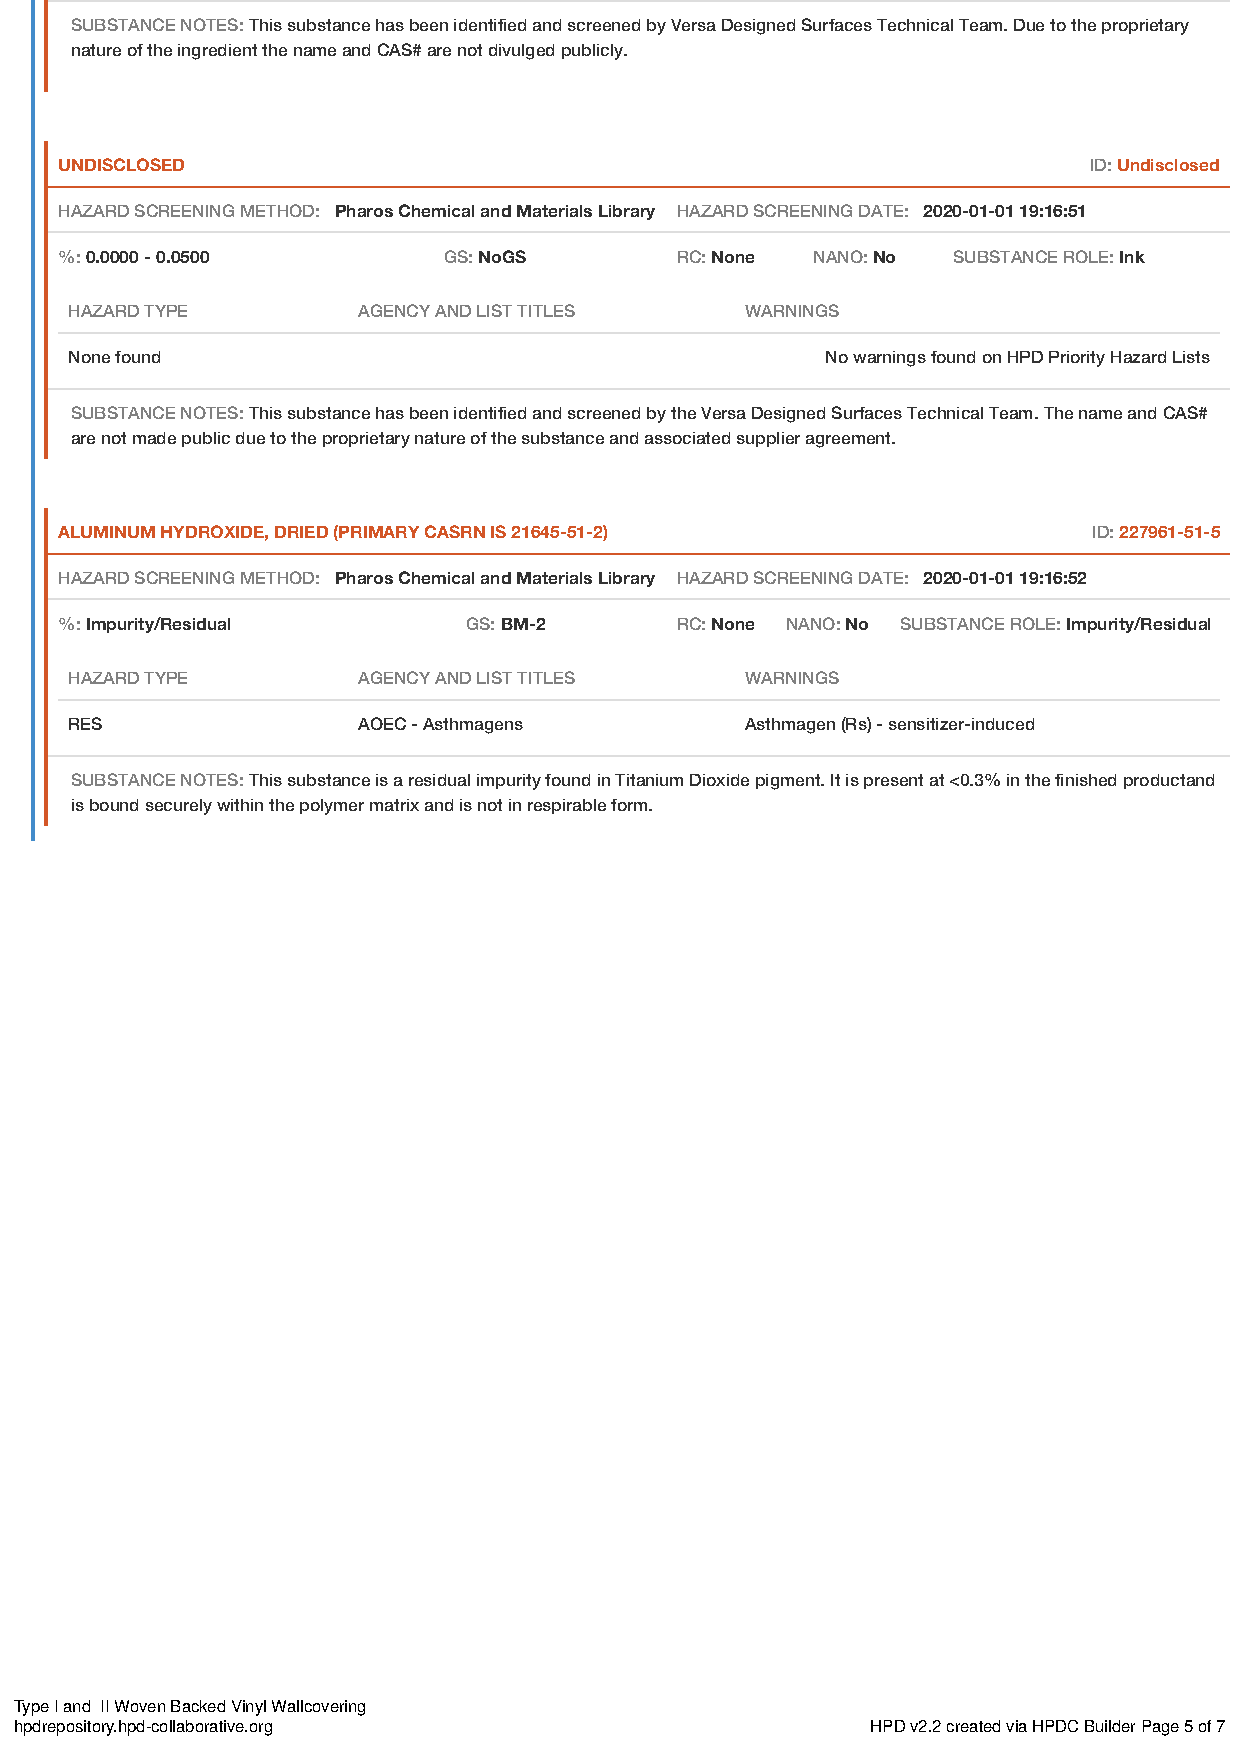
SUBSTANCE NOTES: This substance has been identified and screened by Versa Designed Surfaces Technical Team. Due to the proprietary
 nature of the ingredient the name and CAS# are not divulged publicly.
 UNDISCLOSED                                                         ID: Undisclosed
 HAZARD SCREENING METHOD: Pharos Chemical and Materials Library HAZARD SCREENING DATE: 2020-01-01 19:16:51
 %: 0.0000 - 0.0500       GS: NoGS        RC: None NANO: No SUBSTANCE ROLE: Ink
 HAZARD TYPE        AGENCY AND LIST TITLES   WARNINGS
 None found                                        No warnings found on HPD Priority Hazard Lists
 SUBSTANCE NOTES: This substance has been identified and screened by the Versa Designed Surfaces Technical Team. The name and CAS#
 are not made public due to the proprietary nature of the substance and associated supplier agreement.
 ALUMINUM HYDROXIDE, DRIED (PRIMARY CASRN IS 21645-51-2)             ID: 227961-51-5
 HAZARD SCREENING METHOD: Pharos Chemical and Materials Library HAZARD SCREENING DATE: 2020-01-01 19:16:52
 %: Impurity/Residual       GS: BM-2      RC: None NANO: No SUBSTANCE ROLE: Impurity/Residual
 HAZARD TYPE        AGENCY AND LIST TITLES   WARNINGS
 RES                AOEC - Asthmagens        Asthmagen (Rs) - sensitizer-induced
 SUBSTANCE NOTES: This substance is a residual impurity found in Titanium Dioxide pigment. It is present at <0.3% in the finished productand
 is bound securely within the polymer matrix and is not in respirable form.
 Type I and II Woven Backed Vinyl Wallcovering
 hpdrepository.hpd-collaborative.org                      HPD v2.2 created via HPDC Builder Page 5 of 7